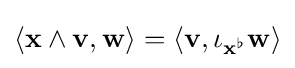
\langle \mathbf {x} \wedge \mathbf {v} ,\mathbf {w} \rangle =\langle \mathbf {v} ,\iota _{\mathbf {x} ^{\flat }}\mathbf {w} \rangle